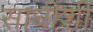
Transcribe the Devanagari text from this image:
साधीशी